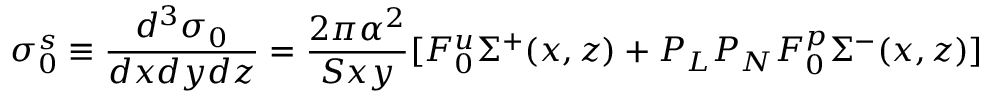
\sigma _ { 0 } ^ { s } \equiv { \frac { d ^ { 3 } \sigma _ { 0 } } { d x d y d z } } = { \frac { 2 \pi \alpha ^ { 2 } } { S x y } } [ F _ { 0 } ^ { u } \Sigma ^ { + } ( x , z ) + P _ { L } P _ { N } F _ { 0 } ^ { p } \Sigma ^ { - } ( x , z ) ]